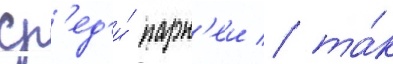
ср'ед'и́ парн'еи / та́к